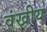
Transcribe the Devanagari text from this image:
वंखीय